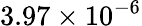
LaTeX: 3.97\times 10^{-6}